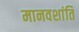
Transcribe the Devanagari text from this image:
मानवशांति